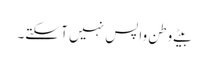
بیٹے وطن واپس نہیں آ سکتے۔